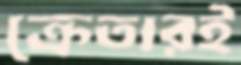
ক্রেতারই